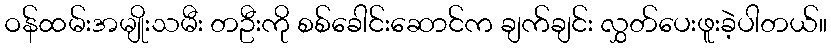
ဝန်ထမ်းအမျိုးသမီး တဦးကို စစ်ခေါင်းဆောင်က ချက်ချင်း လွှတ်ပေးဖူးခဲ့ပါတယ်။